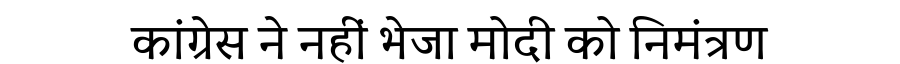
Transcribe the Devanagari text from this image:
कांग्रेस ने नहीं भेजा मोदी को निमंत्रण